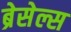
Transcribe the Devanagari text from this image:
ब्रेसेल्स